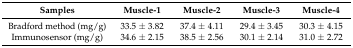
| Samples | Muscle-1 | Muscle-2 | Muscle-3 | Muscle-4 |
 | --- | --- | --- | --- | --- |
 | Bradford method (mg/g) | 33.5 ± 3.82 | 37.4 ± 4.11 | 29.4 ± 3.45 | 30.3 ± 4.15 |
 | Immunosensor (mg/g) | 34.6 ± 2.15 | 38.5 ± 2.56 | 30.1 ± 2.14 | 31.0 ± 2.72 |